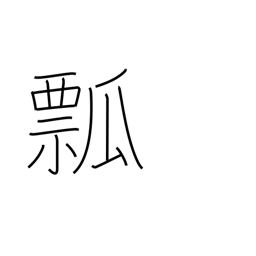
Meaning: gourd